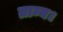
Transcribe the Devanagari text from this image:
ग्राम्य।